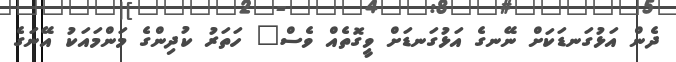
ދެން އަޅުގަނޑަކަށް ނޭނގެ އަޅުގަނޑަށް ވީގޮތެއް ވެސް" ހަތަރު ކުދިންގެ މަންމައަކު އޭނަގެ